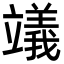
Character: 𥫃